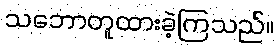
သဘောတူထားခဲ့ကြသည်။